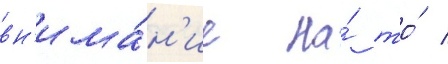
вн'има́н'ие на́ то́ /